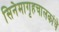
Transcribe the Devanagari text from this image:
सिनेमागृहचालकांचे